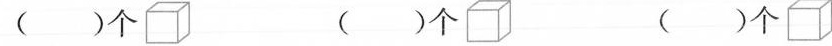
()个 ()个 ()个